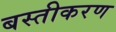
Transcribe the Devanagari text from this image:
बस्तीकरण